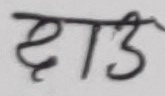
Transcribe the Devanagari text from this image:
छाइट